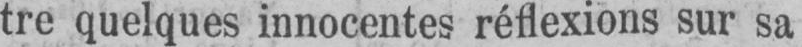
tre quelques innocentes réflexions sur sa